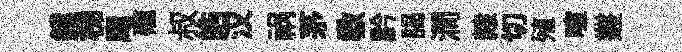
鐺梯麾礲叔皓汉祸茅敎黔謁澗隸切殖喧叢